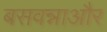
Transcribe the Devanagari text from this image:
बसवन्नाऔर